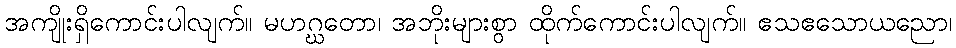
အကျိုးရှိကောင်းပါလျက်။ မဟဂ္ဃတော၊ အဘိုးများစွာ ထိုက်ကောင်းပါလျက်။ ဧသဧသောယညော၊